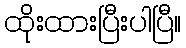
ထိုးထားပြီးပါပြီ။